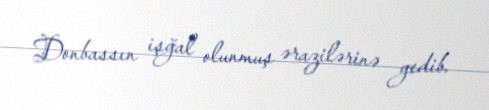
Donbassın işğal olunmuş ərazilərinə gedib.